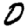
Digit: 0